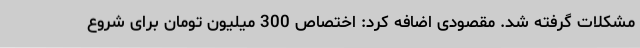
مشکلات گرفته شد. مقصودی اضافه کرد: اختصاص 300 میلیون تومان برای شروع